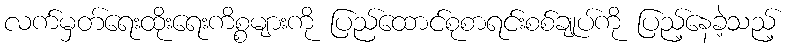
လက်မှတ်ရေးထိုးရေးကိစ္စများကို ပြည်ထောင်စုစာရင်းစစ်ချုပ်ကို ပြည့်နေခဲ့သည့်